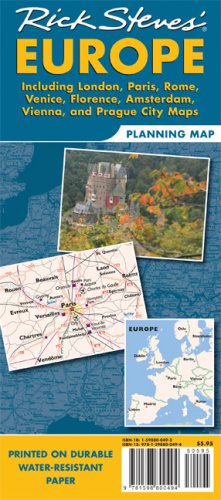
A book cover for Rick Steves' Europe Map; Rick Steves; Reference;